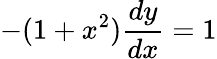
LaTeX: -(1+x^{2}){\frac{dy}{dx}}=1